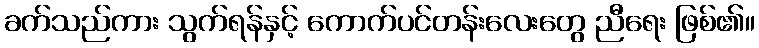
ခက်သည်ကား သွက်ရန်နှင့် ကောက်ပင်တန်းလေးတွေ ညီရေး ဖြစ်၏။